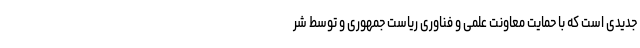
جدیدی است که با حمایت معاونت علمی و فناوری ریاست جمهوری و توسط شر